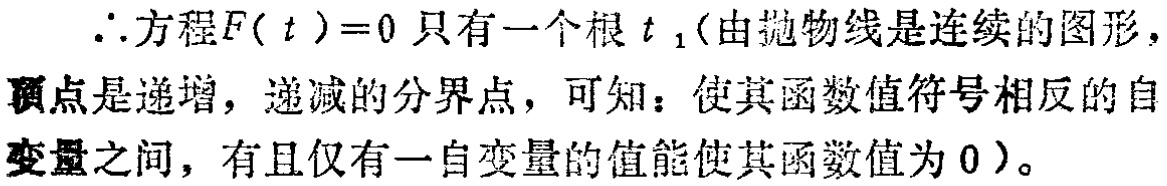
\(\therefore\)方程\(F(t)=0\)只有一个根\(t_{1}\)(由抛物线是连续的图形，顶点是递增，递减的分界点，可知：使其函数值符号相反的自变量之间，有且仅有一自变量的值能使其函数值为\(0\))。